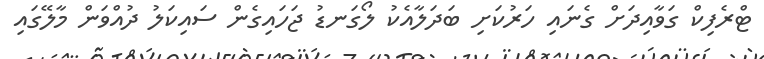
ޓްރެފިކް ގަވާއިދަށް ގެނައި ހަރުކަށި ބަދަލާއެކު ލޯގަނޑު ޖަހައިގެން ސައިކަލު ދުއްވަން މާލޭގައި